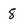
Character: 8